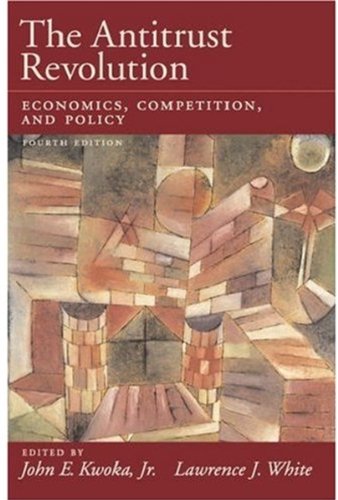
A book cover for The Antitrust Revolution: Economics, Competition, and Policy; Law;